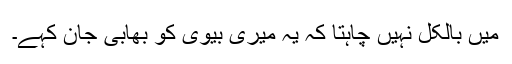
میں بالکل نہیں چاہتا کہ یہ میری بیوی کو بھابی جان کہے۔